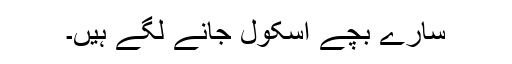
سارے بچے اسکول جانے لگے ہیں۔